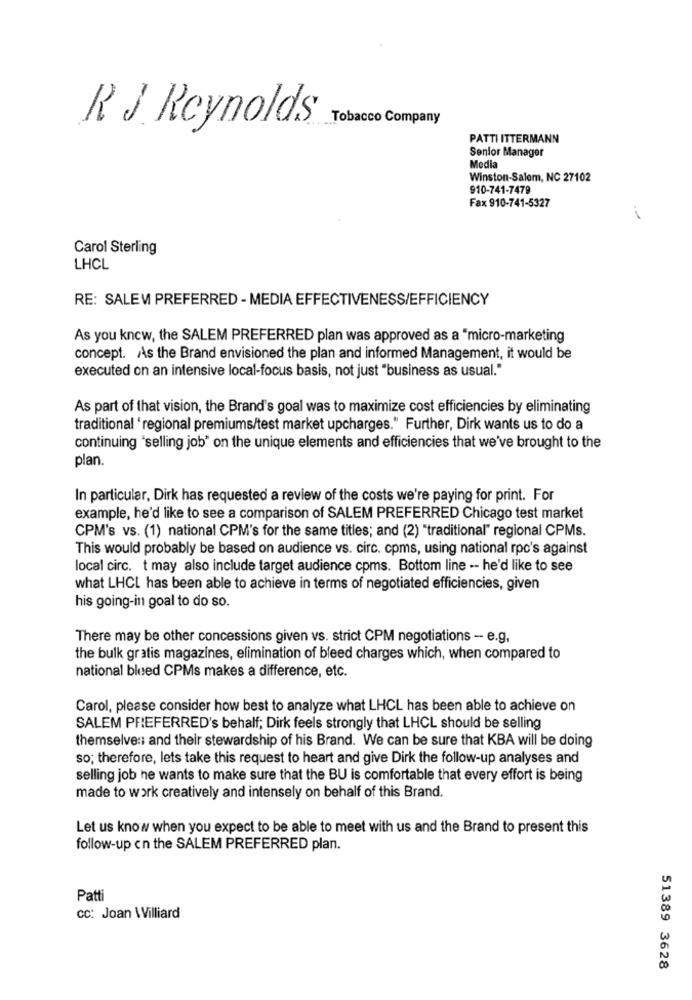
Tobacco Company
R J Reynolds
PATTI ITTERMANN
Senior Manager
Media
Winston-Salem, NC 27102
910-741-7479
Fax 910-741-5327
Carol Sterling
LHCL
RE: SALEM PREFERRED - MEDIA EFFECTIVENESS/EFFICIENCY
As you kncw, the SALEM PREFERRED plan was approved as a "micro-marketing
concept. As the Brand envisioned the plan and informed Management, it would be
executed on an intensive local-focus basis, not just "business as usual."
As part of that vision, the Brand's goal was to maximize cost efficiencies by eliminating
traditional 'regional premiums/test market upcharges." Further, Dirk wants us to do a
continuing "selling job" on the unique elements and efficiencies that we've brought to the
plan.
In particular, Dirk has requested a review of the costs we're paying for print. For
example, he'd like to see a comparison of SALEM PREFERRED Chicago test market
CPM's vs. (1) national CPM's for the same titles; and (2) "traditional" regional CPMs.
This would probably be based on audience vs. circ. cpms, using national rpc's against
local circ. t may also include target audience cpms. Bottom line -- he'd like to see
what LHCL has been able to achieve in terms of negotiated efficiencies, given
his going-in goal to do so.
There may be other concessions given vs. strict CPM negotiations - e.g.
the bulk gratis magazines, elimination of bleed charges which, when compared to
national bleed CPMs makes a difference, etc.
Carol, please consider how best to analyze what LHCL has been able to achieve on
SALEM PREFERRED's behalf; Dirk feels strongly that LHCL should be selling
themselves: and their stewardship of his Brand. We can be sure that KBA will be doing
so; therefore, lets take this request to heart and give Dirk the follow-up analyses and
selling job he wants to make sure that the BU is comfortable that every effort is being
made to work creatively and intensely on behalf of this Brand.
Let us know when you expect to be able to meet with us and the Brand to present this
follow-up cn the SALEM PREFERRED plan.
Patti
cc: Joan Williard
51389 3628